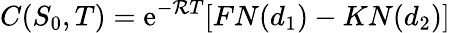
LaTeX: C(S_{0},T)=\mathrm{e}^{-\mathcal{R}T}[FN(d_{1})-KN(d_{2})]